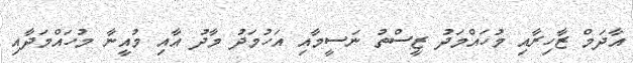
އާދަމް ޒާހިރާއި މުހައްމަދު ޒީސްތު ނަސީމާއި އަހުމަދު މާދު އާއި މުއީނާ މުހައްމަދާއި